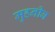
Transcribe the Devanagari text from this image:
मुहनीब